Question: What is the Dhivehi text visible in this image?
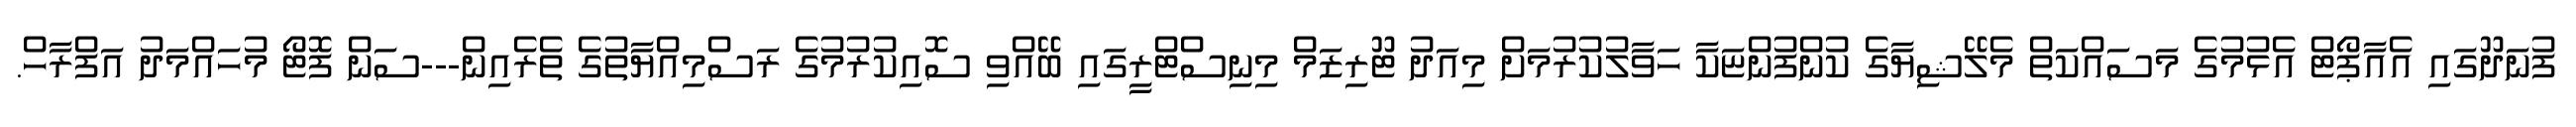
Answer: ފުނަދޫގައި އެއާޕޯޓް އެޅުމުގެ މަސައްކަތް މެލޭޝިޔާގެ ކުންފުންޏަކާ ހަވާލުކުރުމަށް މިއަދު ޓޫރިޒަމް މިނިސްޓްރީގައި ބޭއްވި ސޮއިކުރުމުގެ ރަސްމިއްޔާތުގެ ތެރެއިން---ސަން ފޮޓޯ މުހައްމަދު އަފްރާހް.